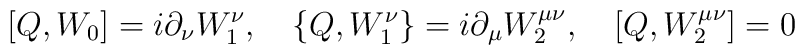
\lbrack Q,W_{0}]=i\partial _{\nu }W_{1}^{\nu },\quad \{Q,W_{1}^{\nu}\}=i\partial _{\mu }W_{2}^{\mu \nu },\quad \lbrack Q,W_{2}^{\mu \nu }]=0 \nonumber